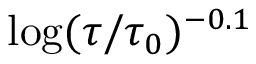
\log ( \tau / \tau _ { 0 } ) ^ { - 0 . 1 }